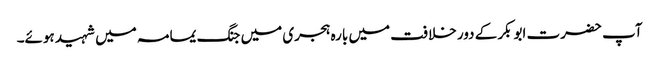
آپ حضرت ابوبکر کے دور خلافت میں بارہ ہجری میں جنگ یمامہ میں شہید ہوئے۔